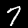
Label: 7